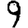
Digit: 9